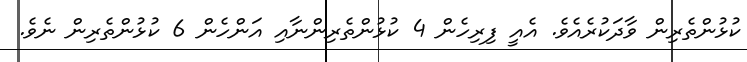
ކުޅުންތެރިން ވާދަކުރެއެވެ. އެއީ ފިރިހެން 4 ކުޅުންތެރިންނާއި އަންހެން 6 ކުޅުންތެރިން ނެވެ.